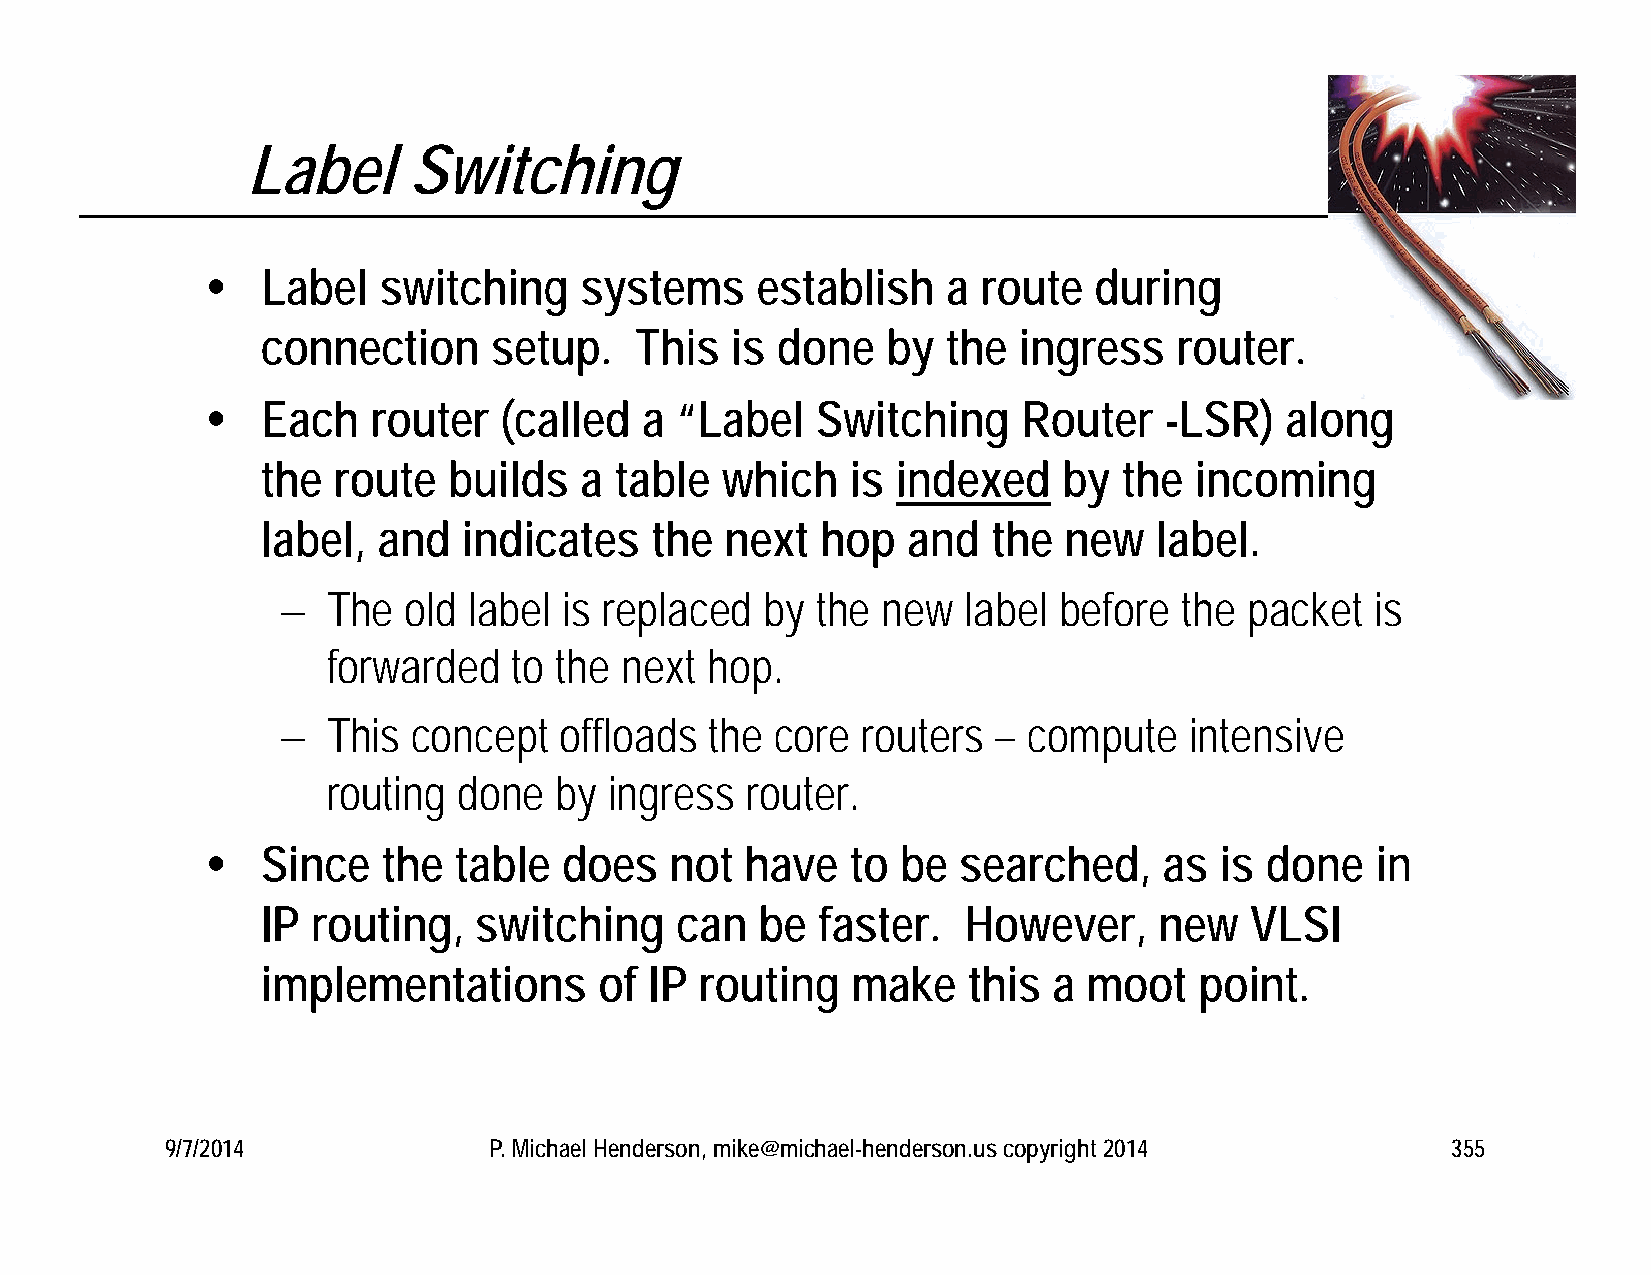
Label      Switching
   Label   switching    systems     establish    a route  during
 connection      setup.   This  is done    by  the ingress    router.
   Each    router  (called  a  “Label   Switching     Router   -LSR)   along
 the  route   builds  a  table  which   is indexed    by  the  incoming
 label,  and   indicates   the  next  hop   and   the new   label.
   The  old label is replaced   by the new   label before  the  packet  is
 forwarded   to the next  hop.
   This concept   offloads  the core  routers  – compute    intensive
 routing done   by ingress  router.
   Since   the  table  does   not  have   to  be searched,     as  is done   in
 IP  routing,  switching     can  be  faster.   However,     new   VLSI
 implementations        of IP routing   make    this  a moot   point.
 9/7/2014             P. Michael Henderson, mike@michael-henderson.us copyright 2014  355